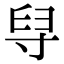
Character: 𦥘